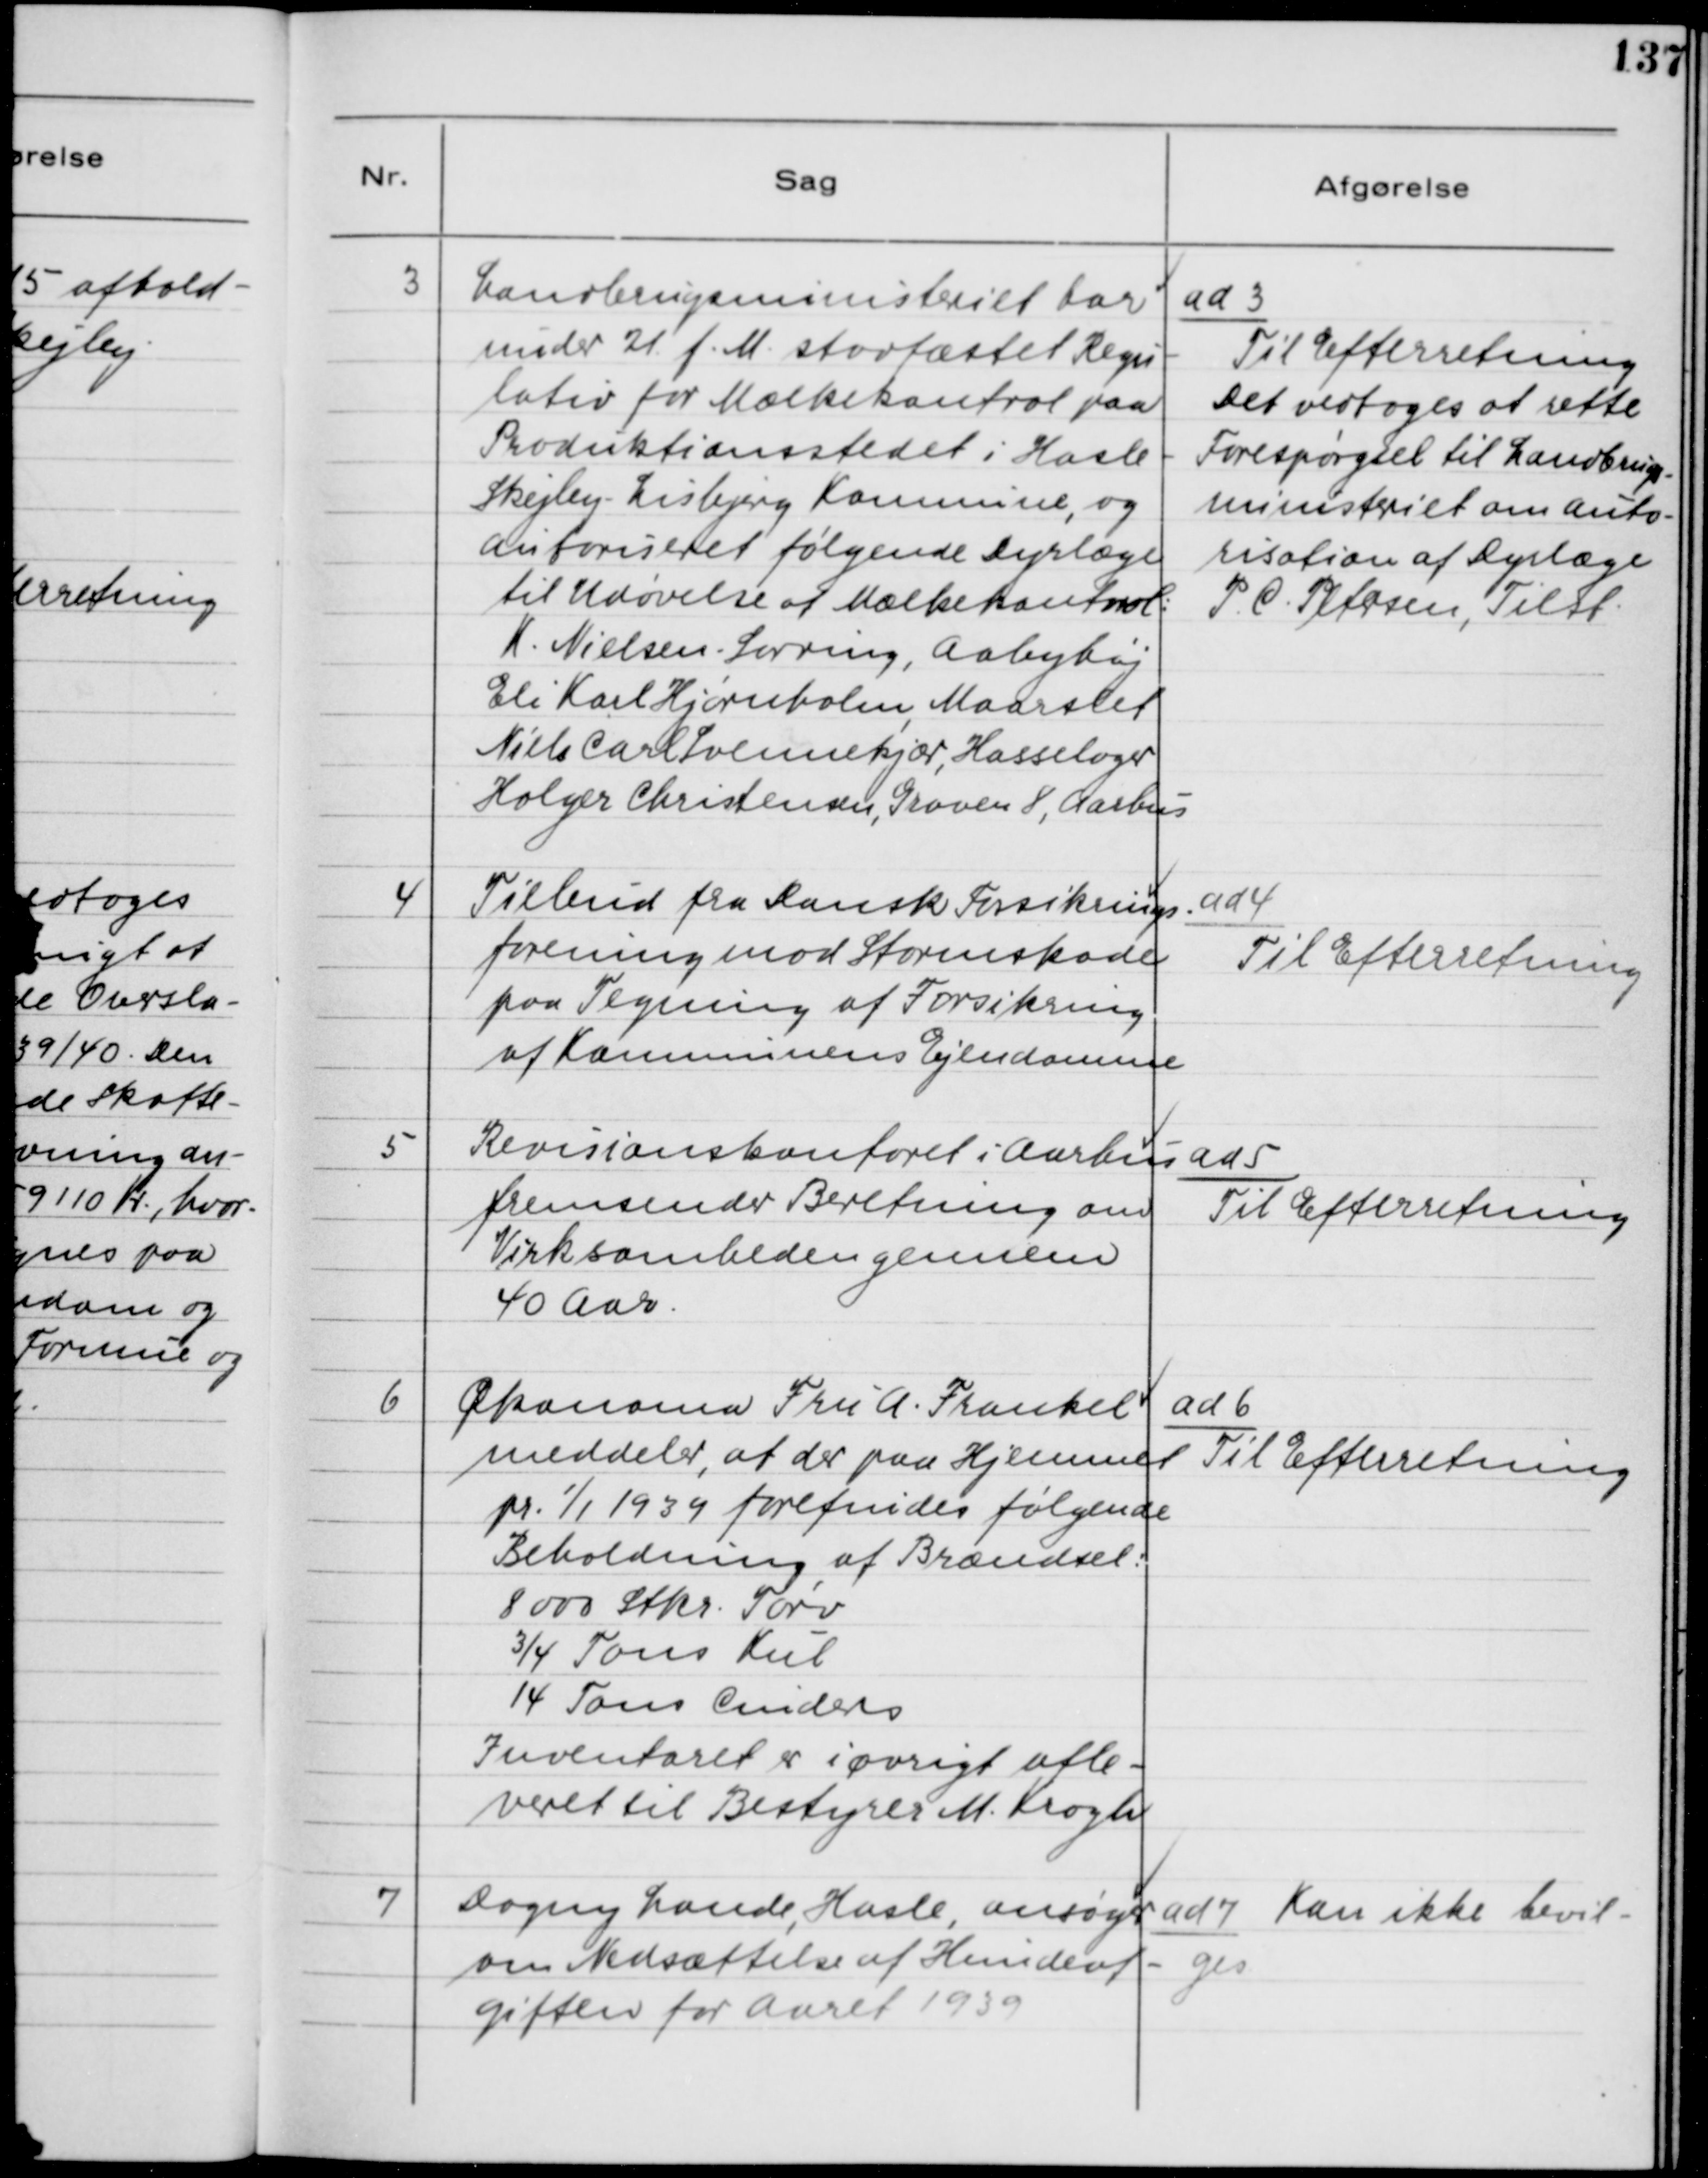
Transskription:
3. Landbrugsministeriet har
under 21 f.M. stadfæstet Regu-
lativ for Mælkekontrol paa
Produktionsstedet i Hasle -
Skejby - Lisbjerg Kommune, og
autoriseret følgende Dyrlæge
til Udøvelse af Mælkekontrol:
K. Nielsen - Sorring, Aabyhøj
Eli Karl Hjørnholm, Maarslet
Niels Carl Svennekjær, Hasselager
Holger Christensen, Graven 8, Aarhus

ad 3.
Til Efterretning.
Det vedtoges at rette
Forespørgsel til Landbrugs-
ministeriet om Auto-
risation af Dyrlæge
P. C. Petersen, Tilst

4. Tilbud fra Dansk Forsikrings-
forening mod Stormskade
paa Tegning af Forsikring
af Kommunens Ejendomme.

ad 4.
Til Efterretning

5. Revisionskontoret i Aarhus
fremsender Beretning om
Virksomheden gennem
40 Aar.

ad 5.
Til Efterretning

6. Økonoma Fru A. Frankel
meddeler, at der paa Hjemmet
pr. 1/1 1939 forefindes følgende
Beholdning af Brændsel:
8000 Stkr. Tørv
3/4 Tons Kul
14 Tons Cinders
Inventaret er iøvrigt afle-
veret til Bestyrer M. Krogh.

ad 6.
Til Efterretning

7. Dagny Lande, Hasle, ansøger
om Nedsættelse af Hundeaf-
giften for Aaret 1939

ad 7. Kan ikke bevil-
ges.